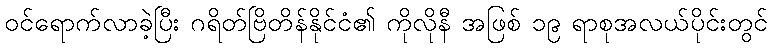
ဝင်ရောက်လာခဲ့ပြီး ဂရိတ်ဗြိတိန်နိုင်ငံ၏ ကိုလိုနီ အဖြစ် ၁၉ ရာစုအလယ်ပိုင်းတွင်